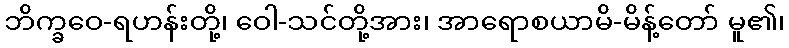
ဘိက္ခဝေ-ရဟန်းတို့၊ ဝေါ-သင်တို့အား၊ အာရောစယာမိ-မိန့်တော် မူ၏၊